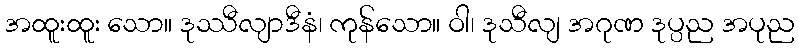
အထူးထူး သော။ ဒုဿီလျာဒီနံ၊ ကုန်သော။ ဝါ၊ ဒုသီလျ အဂုဏ ဒုပ္ပည အပုည